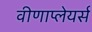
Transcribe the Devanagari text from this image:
वीणाप्लेयर्स